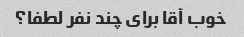
خوب آقا برای چند نفر لطفا؟